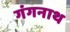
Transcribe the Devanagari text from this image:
गंगनाथ